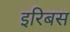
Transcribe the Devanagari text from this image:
इरिबस